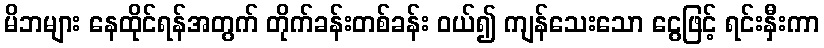
မိဘများ နေထိုင်ရန်အတွက် တိုက်ခန်းတစ်ခန်း ဝယ်၍ ကျန်သေးသော ငွေဖြင့် ရင်းနှီးကာ